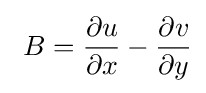
\ B={\frac {\partial u}{\partial x}}-{\frac {\partial v}{\partial y}}